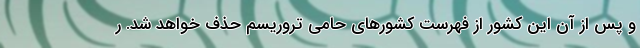
و پس از آن این کشور از فهرست کشورهای حامی تروریسم حذف خواهد شد. ر